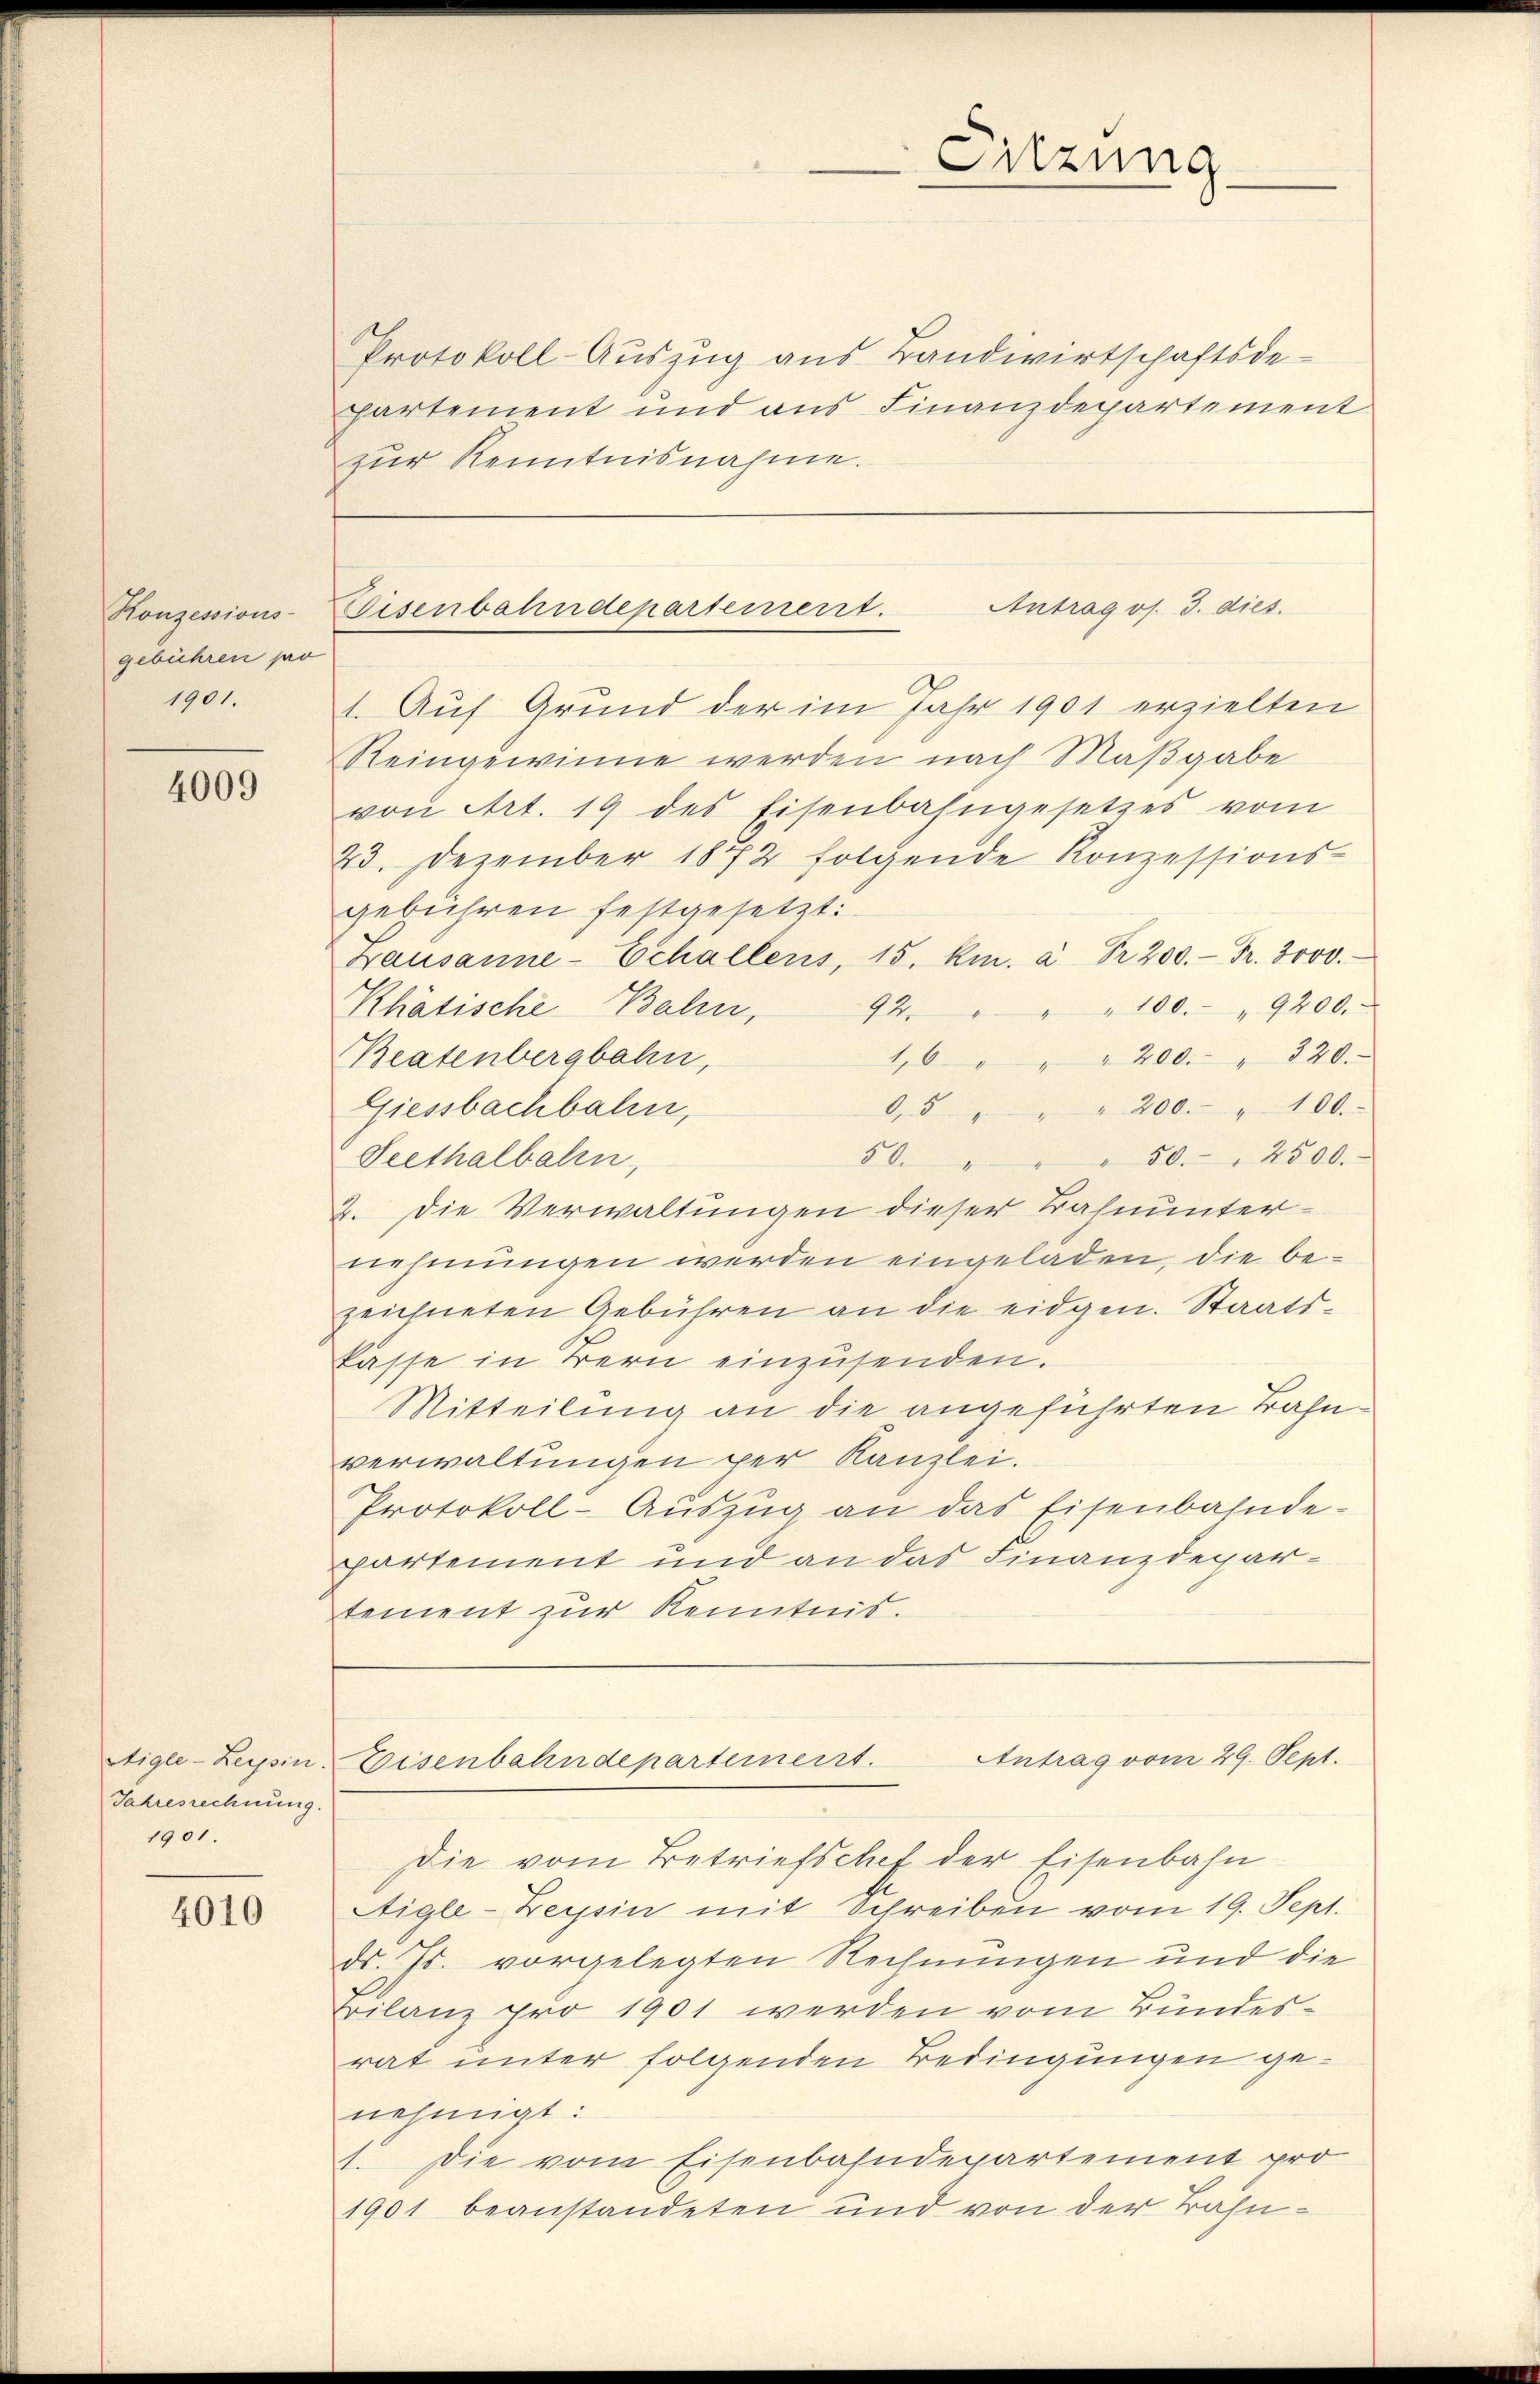
gebühren po
1901.

4009

Jahresrechnung.
1901.

4010

Protokoll-Auszug aus Bandwirtschaftsdepartement und aus Finanzdepartement
zŭr Kenntnisnahme.

1. Auf Grund der im Jahr 1901 erzielten
Reingewinne werden nach Maßgabe
von Art. 19 des Eisenbahngesetzes vom
23. Dezember 1872 folgende Konzessions-
gebühren festgesetzt:
Lausanne-Echallens, 15. Kr. a. Pr. 200.- Fr. 3000.
Rhätische Bahn,
92. " " " 100. " 9200.
Beatenbergbahn,
1,6 " " " 200. " 320.
Giessbachbahn,
0,5 " " " 200. " 100.
50. 2500.
Seethalbalen,
50
2. Die Verwaltungen dieser Bahnunternehmungen werden eingeladen, die bezeichneten Gebühren an die eidgen. Staatskasse in Bern einzusenden.
Mitteilung an die angeführten Bahnverwaltungen per Kanzlei.
Protokoll-Auszug an das Eisenbahnde-
partement und an das Finanzdepartement zur Kenntnis.

Sitzung

Antrag os. 3. dies.
Konzessions-Eisenbahndepartement.

Antrag vom 29. Sept.
Etigle-Leysin Eisenbahndepartement.

Die vom Betriefschef der Eisenbahn
Aigle-Beysin mit Schreiben vom 19. Sept.
d. Js. vorgelegten Rechnungen und die
Bilanz pro 1901 werden vom Bundesrat unter folgenden Bedingungen genehmigt:
1. Die vom Eisenbahndepartement pro
1901 beanstandeten und von der Bähn¬